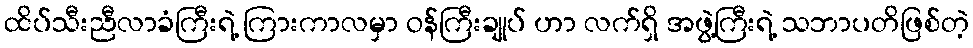
ထိပ်သီးညီလာခံကြီးရဲ့ ကြားကာလမှာ ဝန်ကြီးချုပ် ဟာ လက်ရှိ အဖွဲ့ကြီးရဲ့ သဘာပတိဖြစ်တဲ့